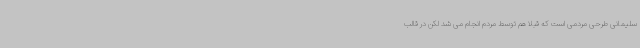
سلیمانی طرحی مردمی است که قبلاً هم توسط مردم انجام می شد لکن در قالب